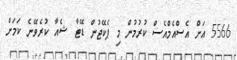
5566 އަށް އެސްއެމްއެސް ކުރުމުން މި ޕެކޭޖުން ޑޭޓާ ޝެއާ ކުރެވޭނެ ކަމަށް